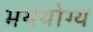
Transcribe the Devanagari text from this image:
भययोग्य